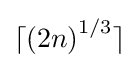
\lceil \left(2n\right)^{1/3}\rceil